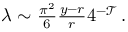
\begin{array} { r } { \lambda \sim \frac { \pi ^ { 2 } } { 6 } \frac { y - r } { r } 4 ^ { - \mathcal T } \, . } \end{array}